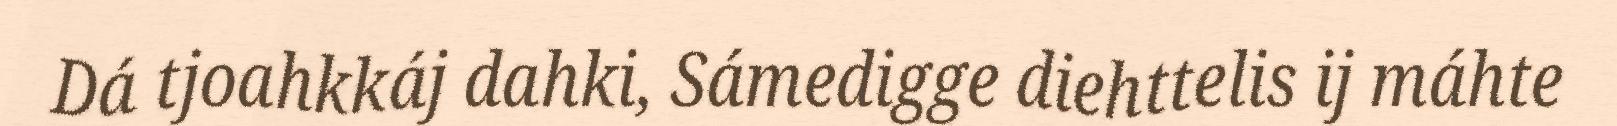
Dá tjoahkkáj dahki, Sámedigge diehttelis ij máhte